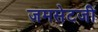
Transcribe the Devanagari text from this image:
जमसेटजी